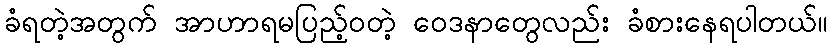
ခံရတဲ့အတွက် အာဟာရမပြည့်ဝတဲ့ ဝေဒနာတွေလည်း ခံစားနေရပါတယ်။